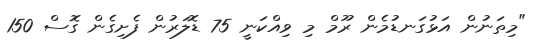
"މިތަނުން އަޅުގަނޑުމެން ރޫމް މި ވިއްކަނީ 75 ޑޮލަރުން ފެށިގެން ގޮސް 150